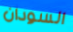
السودان